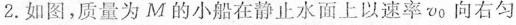
2.如图，质量为M的小船在静止水面上以速率v_{0}向右匀